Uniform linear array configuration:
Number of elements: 8
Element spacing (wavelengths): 0.5
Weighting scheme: kaiser
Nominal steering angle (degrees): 15
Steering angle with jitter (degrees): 15.399
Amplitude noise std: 0.05
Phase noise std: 0.05

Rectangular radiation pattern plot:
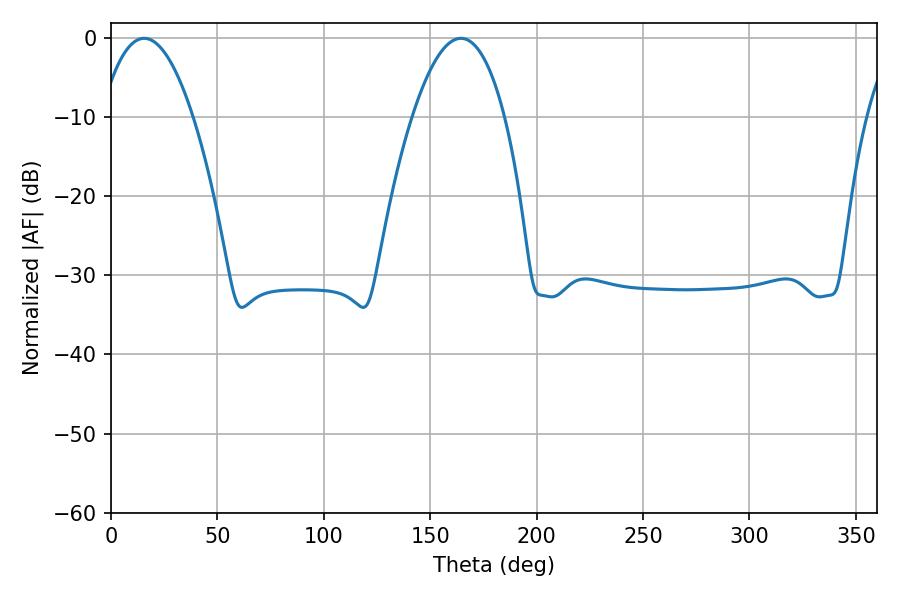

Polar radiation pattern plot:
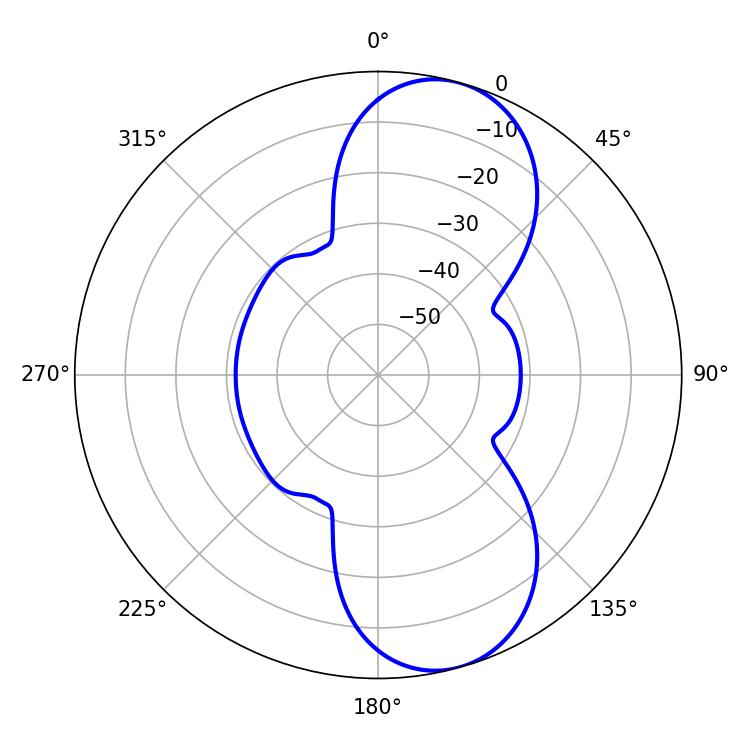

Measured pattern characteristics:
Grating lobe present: FALSE
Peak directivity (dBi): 9.082
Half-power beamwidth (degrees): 23.94
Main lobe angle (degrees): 15.66